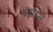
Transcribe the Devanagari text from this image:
भगन